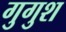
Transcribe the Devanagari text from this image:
गुगुश